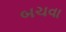
બચવા